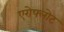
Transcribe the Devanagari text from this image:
एरोफ्लोट